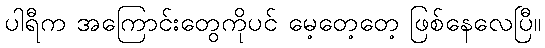
ပါရီက အကြောင်းတွေကိုပင် မေ့တေ့တေ့ ဖြစ်နေလေပြီ။